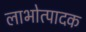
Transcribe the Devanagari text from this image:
लाभोत्पादक